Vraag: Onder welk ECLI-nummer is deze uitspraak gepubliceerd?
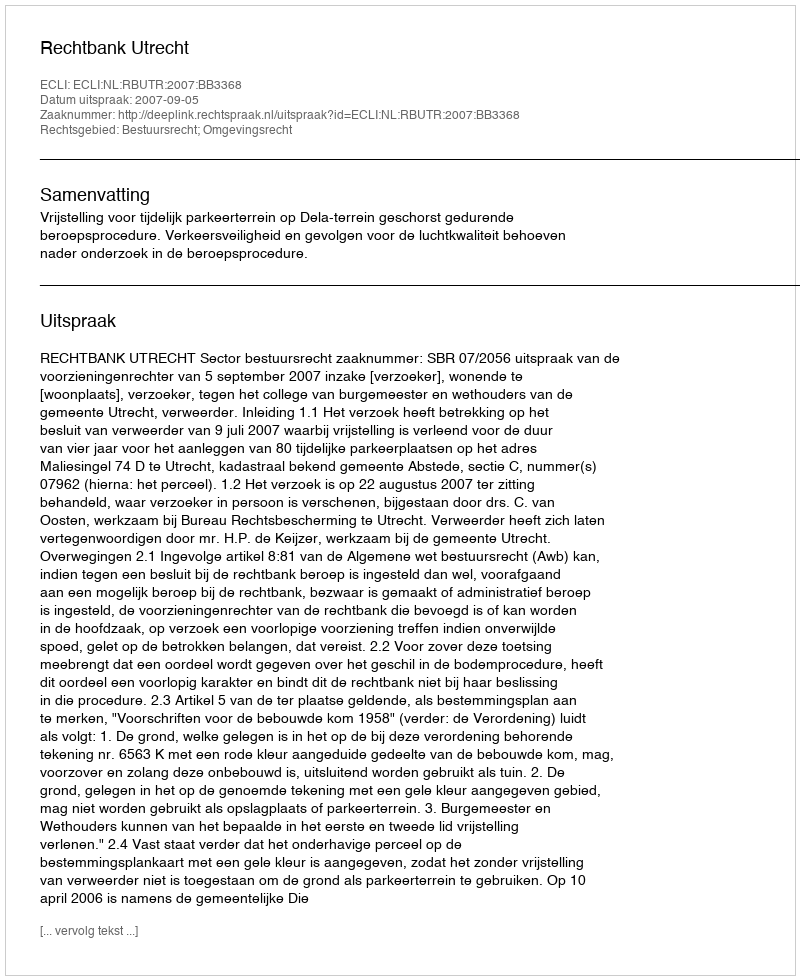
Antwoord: ECLI:NL:RBUTR:2007:BB3368